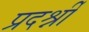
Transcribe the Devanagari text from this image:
प्रदर्श्नी